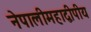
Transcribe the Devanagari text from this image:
नेपालीमहाद्वीपीय